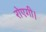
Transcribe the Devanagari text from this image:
रोएगी।